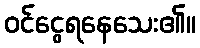
ဝင်ငွေရနေသေး၏။